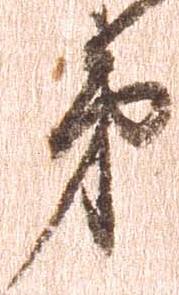
第